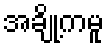
အချို့ကမူ